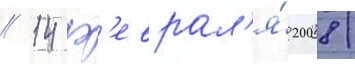
/ 14 ф'еврал'я́ 2008